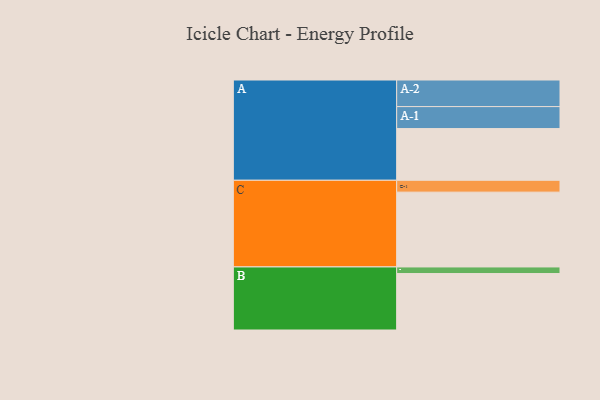
{"axis": {"x": "Segment", "y": "Value"}, "legend": ["", "A", "B", "C"], "data": [{"x": "A", "y": 414, "type": ""}, {"x": "B", "y": 452, "type": ""}, {"x": "C", "y": 599, "type": ""}, {"x": "A-1", "y": 176, "type": "A"}, {"x": "A-2", "y": 213, "type": "A"}, {"x": "B-1", "y": 53, "type": "B"}, {"x": "C-1", "y": 95, "type": "C"}]}